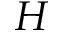
H